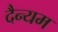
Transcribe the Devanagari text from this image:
दैन्यम